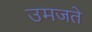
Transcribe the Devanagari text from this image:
उमजते